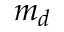
m _ { d }